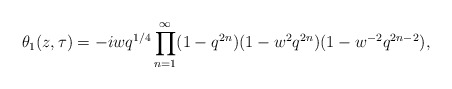
\begin{align*}\theta_1(z,\tau) = -i w q^{1/4} \prod_{n=1}^{\infty} (1-q^{2n})(1- w^2 q^{2n})(1- w^{-2} q^{2n-2}),\end{align*}